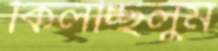
কিলচ্ছিলুম